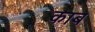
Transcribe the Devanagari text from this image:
काब